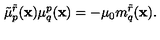
\tilde { \mu } _ { p } ^ { \tilde { r } } ( { \bf x } ) \mu _ { q } ^ { p } ( { \bf x } ) = - \mu _ { 0 } m _ { q } ^ { \tilde { r } } ( { \bf x } ) .